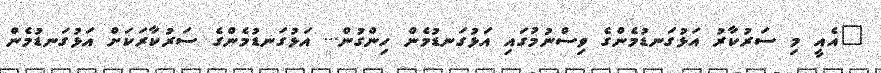
"އެއީ މި ސަރުކާރު އަޅުގަނޑުމެންގެ ވިސްނުމުގައި އަޅުގަނޑުމެން ހިންގުން... އަޅުގަނޑުމެންގެ ސަރުކާރަކަށް އަޅުގަނޑުމެން